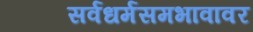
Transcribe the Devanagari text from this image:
सर्वधर्मसमभावावर